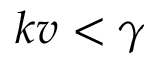
k v < \gamma